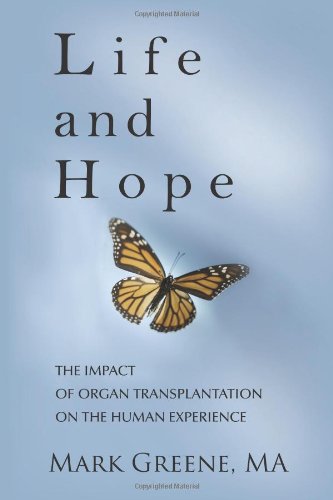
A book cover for Life and Hope: The Impact of Organ Transplantation on the Human Experience; Mark A. Greene; Health, Fitness & Dieting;